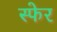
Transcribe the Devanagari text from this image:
स्फेर